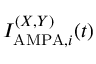
I _ { \mathrm { A M P A } , i } ^ { ( X , Y ) } ( t )